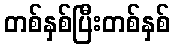
တစ်နှစ်ပြီးတစ်နှစ်